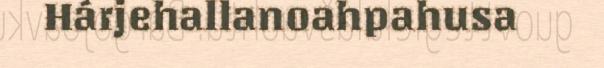
Hárjehallanoahpahusa